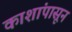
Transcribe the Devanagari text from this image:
काशांपासून